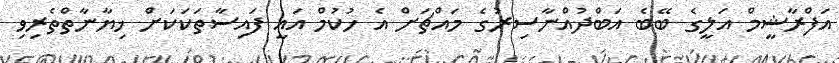
އަފްރާޝީމް އަލީގެ ބޭބެ އަބްދުއްނާސިރުގެ މައްޗަށް އެ ހުކުމް އައީ ފައިސާތަކަކަށް ޚިޔާނާތްތެރިވި